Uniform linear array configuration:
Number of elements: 8
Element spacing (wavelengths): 0.25
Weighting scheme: hann
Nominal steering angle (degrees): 60
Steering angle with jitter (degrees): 60.268
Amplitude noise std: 0.05
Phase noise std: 0.05

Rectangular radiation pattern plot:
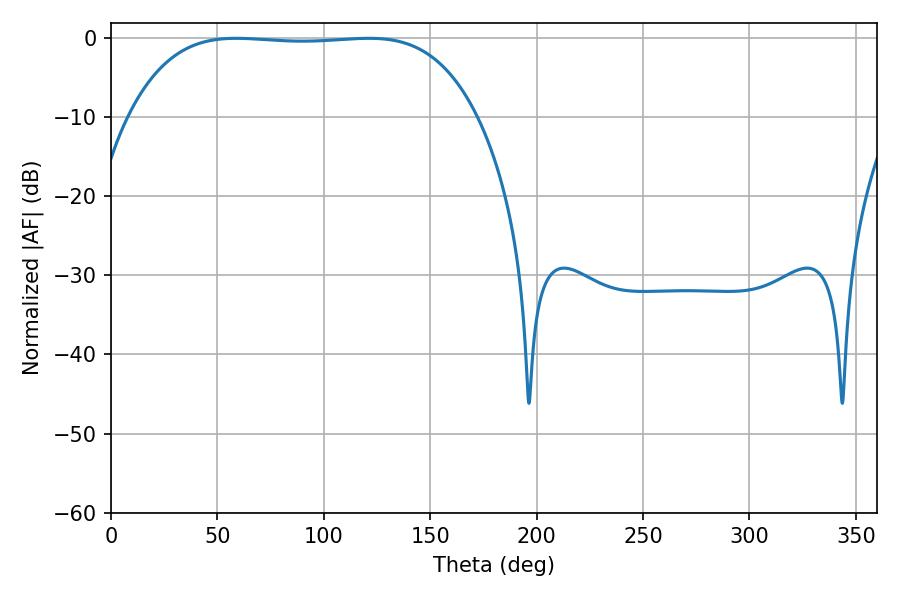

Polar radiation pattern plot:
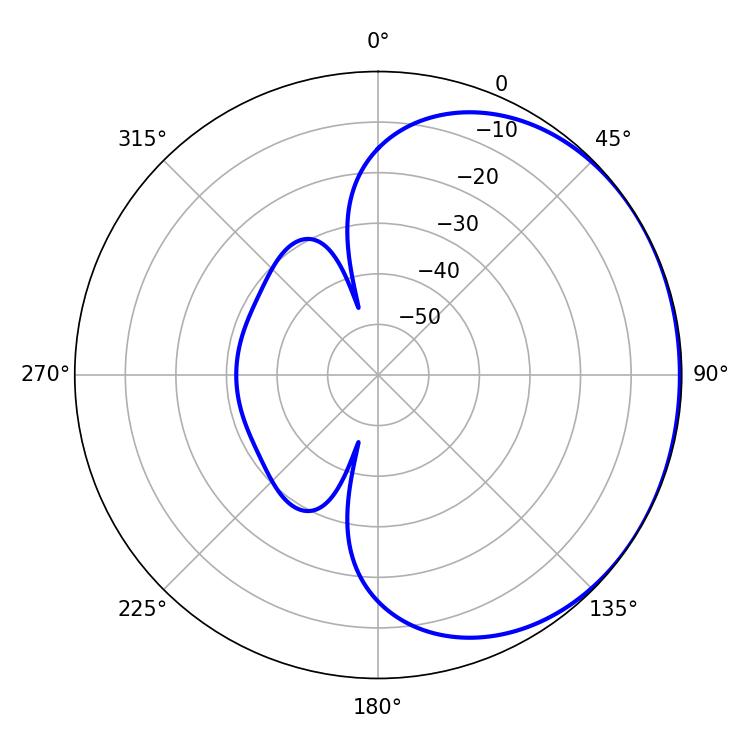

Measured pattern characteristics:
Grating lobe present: FALSE
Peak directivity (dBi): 0.7005
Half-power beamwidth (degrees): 127.44
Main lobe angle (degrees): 58.86